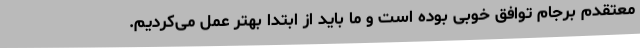
معتقدم برجام توافق خوبی بوده است و ما باید از ابتدا بهتر عمل می‌کردیم.